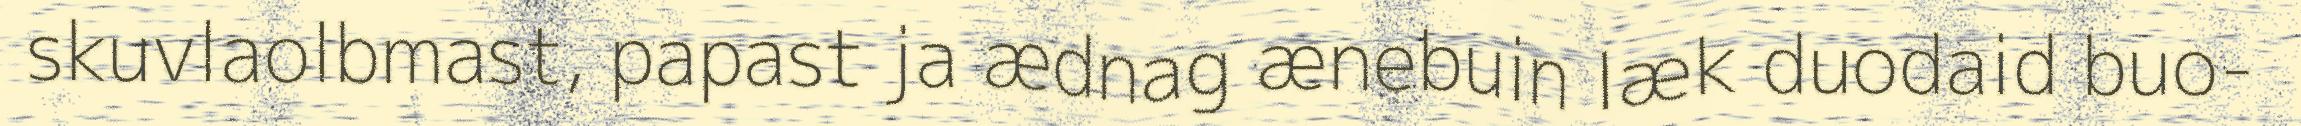
skuvlaolbmast, papast ja ædnag ænebuin læk duodaid buo-